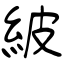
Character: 紴